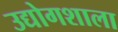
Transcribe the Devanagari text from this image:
उद्योगशाला